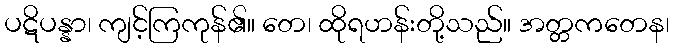
ပဋိပန္နာ၊ ကျင့်ကြကုန်၏။ တေ၊ ထိုရဟန်းတို့သည်။ အတ္တကတေန၊